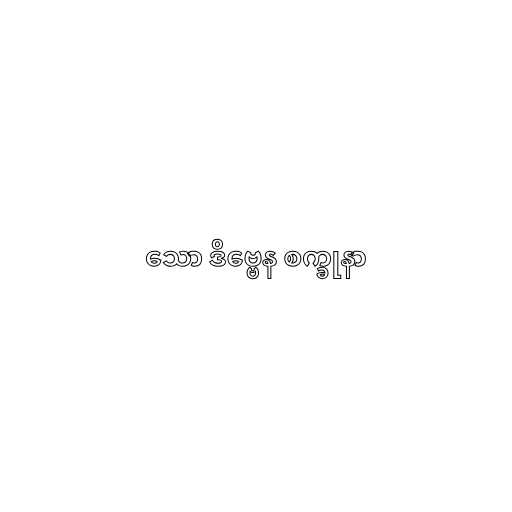
သော ဒိဗ္ဗေန စက္ခုနာ